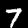
Digit: 7